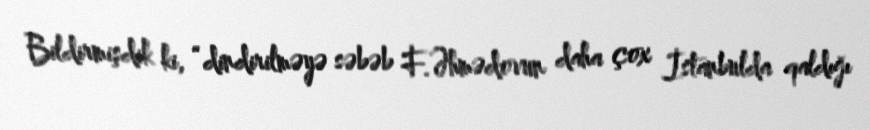
Bildirmişdik ki, “dindirilməyə səbəb F.Əhmədovun daha çox İstanbulda qaldığı